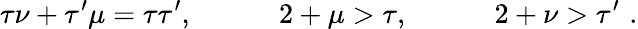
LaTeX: \tau\nu+\tau^{\prime}\mu=\tau\tau^{\prime},\quad\qquad 2+\mu>\tau,\quad\qquad 2+\nu>\tau^{\prime}\, \, .